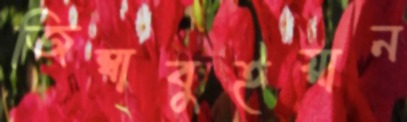
জিম্বাবুইয়ান